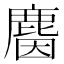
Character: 𪊦